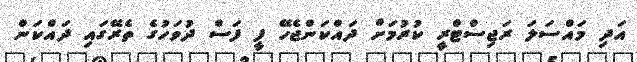
އަދި މައްސަލަ ރަޖިސްޓްރީ ކުރުމަށް ދައްކަންޖެހޭ ފީ ފަސް ދުވަހުގެ ތެރޭގައި ދައްކަން